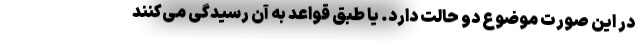
در این صورت موضوع دو حالت دارد. یا طبق قواعد به آن رسیدگی می‌کنند